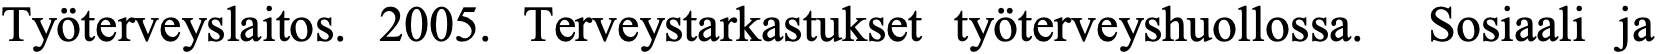
Työterveyslaitos. 2005. Terveystarkastukset työterveyshuollossa. Sosiaali ja